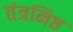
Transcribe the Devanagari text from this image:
तंत्रनिष्ठ